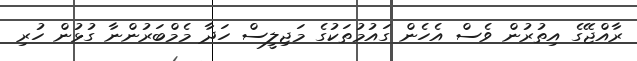
ރާއްޖޭގެ އިތުރުން ވެސް އެހެން ގައުމުތަކުގެ މަޖިލީސް ހަދާ މެމްބަރުންނާ ގުޅުން ހުރި